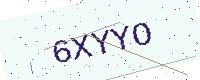
Text: 6XYYO